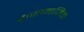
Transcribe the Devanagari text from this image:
हैं।सामाजिक